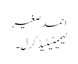
احمد صغیر
لیمینیٹیڈ گرل۔